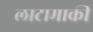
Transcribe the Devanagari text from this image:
लाटामाकी